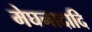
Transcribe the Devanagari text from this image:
मेघनादादि